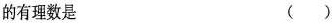
的有理数是 ()